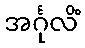
အင်္ဂုလိံ